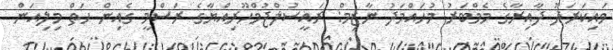
ވައިކަރަދޫ ދާއިރާގެ މެމްބަރު މުހައްމަދު ނާޒިމް: ރައީސުލްޖުމްހޫރިއްޔާގެ ރަސްމީ ގެއިން ހަތް މިލިއަން